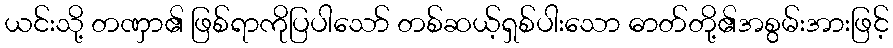
ယင်းသို့ တဏှာ၏ ဖြစ်ရာကိုပြပါသော် တစ်ဆယ့်ရှစ်ပါးသော ဓာတ်တို့၏အစွမ်းအားဖြင့်